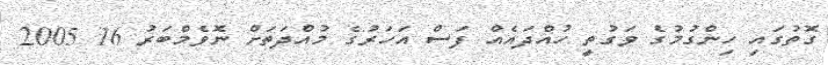
ގޮތުގައި ހިންގުމުގެ ވަގުތީ ހުއްދައެއް ފަސް އަހަރުގެ މުއްދަތަށް ނޮވެމްބަރު 16 2005